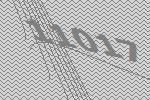
11017